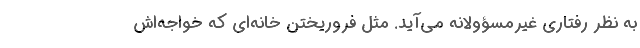
به نظر رفتاری غیرمسؤولانه می‌آید. مثل فروریختن خانه‌ای که خواجه‌اش